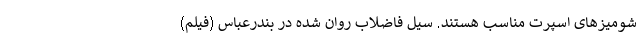
شومیزهای اسپرت مناسب هستند. سیل فاضلاب روان شده در بندرعباس (فیلم)